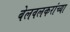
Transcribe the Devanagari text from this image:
बेलवलकरांच्या